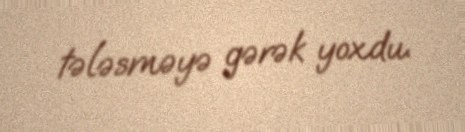
tələsməyə gərək yoxdu.